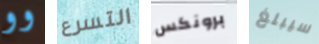
وو التسرع برونكس سيبلغ